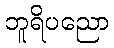
ဘူရိပညော